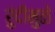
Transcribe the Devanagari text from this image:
रुंदीमुळे